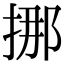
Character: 挪